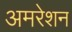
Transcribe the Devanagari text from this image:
अमरेशन